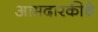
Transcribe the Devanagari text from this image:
आमदारकीचे